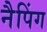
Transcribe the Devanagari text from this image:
नैपिंग